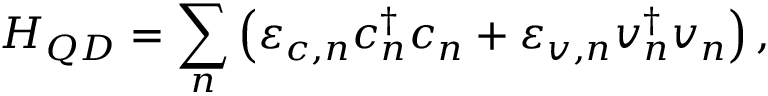
H _ { Q D } = \sum _ { n } \left( \varepsilon _ { c , n } c _ { n } ^ { \dagger } c _ { n } + \varepsilon _ { v , n } v _ { n } ^ { \dagger } v _ { n } \right) ,